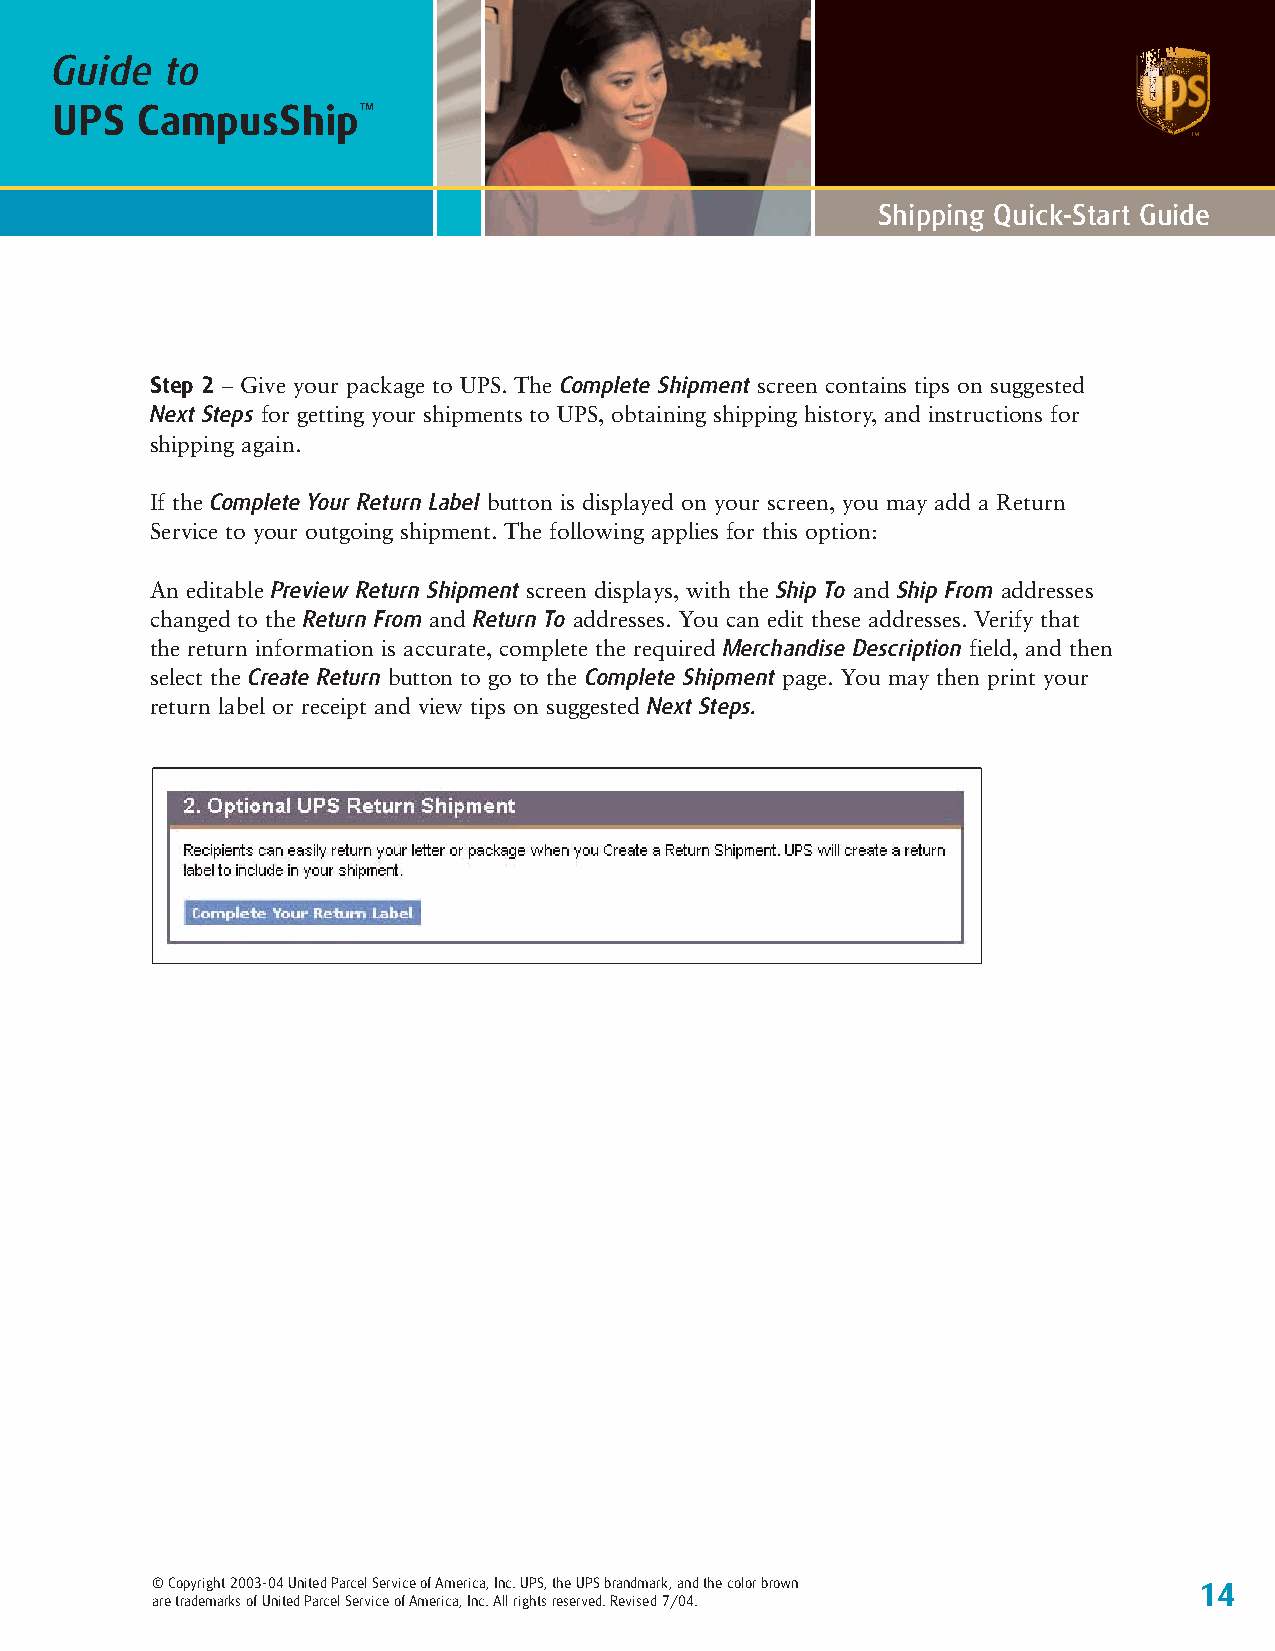
Guide   to
 UPS   CampusShip™
 Shipping Quick-Start Guide
 Step 2 – Give your package to UPS. The Complete Shipment screen contains tips on suggested
 Next Steps for getting your shipments to UPS, obtaining shipping history, and instructions for
 shipping again.
 If the Complete Your Return Label button is displayed on your screen, you may add a Return
 Service to your outgoing shipment. The following applies for this option:
 An editable Preview Return Shipment screen displays, with the Ship To and Ship From addresses
 changed to the Return From and Return To addresses. You can edit these addresses. Verify that
 the return information is accurate, complete the required Merchandise Description field, and then
 select the Create Return button to go to the Complete Shipment page. You may then print your
 return label or receipt and view tips on suggested Next Steps.
 © Copyright 2003-04 United Parcel Service of America, Inc. UPS, the UPS brandmark, and the color brown 14
 are trademarks of United Parcel Service of America, Inc. All rights reserved. Revised 7/04.